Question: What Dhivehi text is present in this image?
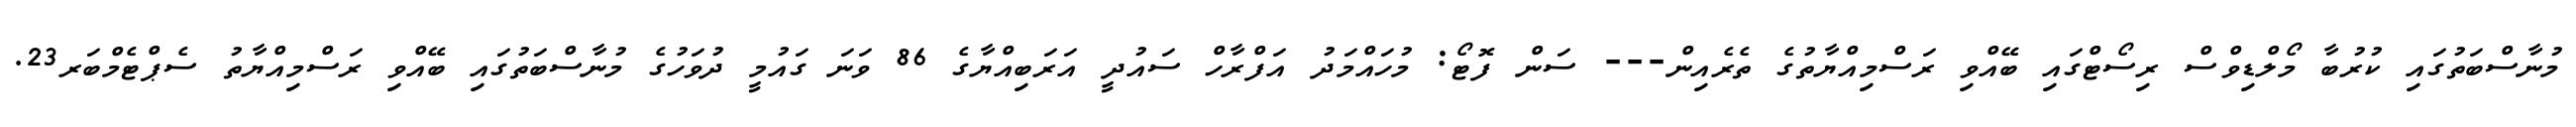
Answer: މުނާސްބަތުގައި ކުރުބާ މޯލްޑިވްސް ރިސޯޓްގައި ބޭއްވި ރަސްމިއްޔާތުގެ ތެރެއިން--- ސަން ފޮޓޯ: މުހައްމަދު އަފްރާހް ސައުދީ އަރަބިއްޔާގެ 86 ވަނަ ގައުމީ ދުވަހުގެ މުނާސްބަތުގައި ބޭއްވި ރަސްމިއްޔާތު ސެޕްޓެމްބަރ23.